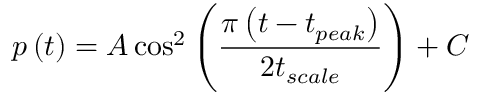
p \left( t \right) = A \cos ^ { 2 } { \left( \frac { \pi \left( t - t _ { p e a k } \right) } { 2 t _ { s c a l e } } \right) } + C